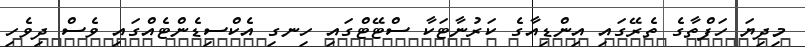
މިދިޔަ ހަފްތާގެ ތެރޭގައި އިންޑިއާގެ ކަރުނާޓަކާ ސްޓޭޓްގައި ހިނގި އެކްސިޑެންޓެއްގައި ވެސް ދިވެހި